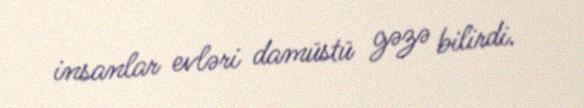
insanlar evləri damüstü gəzə bilirdi.